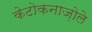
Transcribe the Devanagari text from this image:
केटोकनाज़ोले